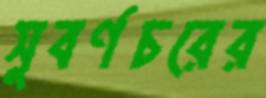
সুবর্ণচরের